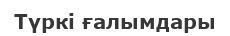
Түркі ғалымдары